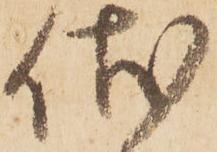
伏